Plague in India, 1896, 1897 - Volume 3
Year: 1896
Disease focus: Plague
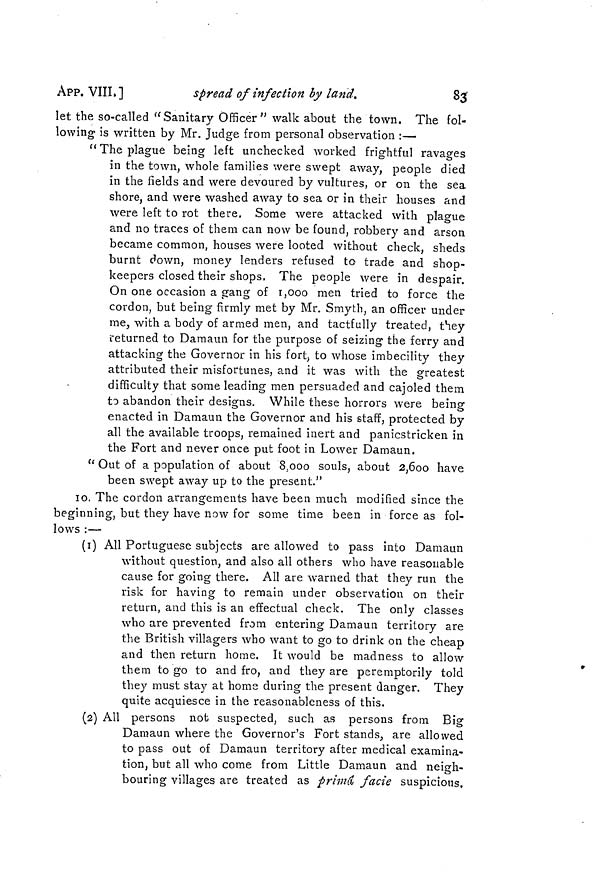
83
APP. VIII.]
spread of infection by land.
let the so-called "Sanitary Officer" walk about the town. The fol-
lowing is written by Mr. Judge from personal observation :—
" The plague being left unchecked worked frightful ravages
in the town, whole families were swept away, people died
in the fields and were devoured by vultures, or on the sea
shore, and were washed away to sea or in their houses and
were left to rot there. Some were attacked with plague
and no traces of them can now be found, robbery and arson
became common, houses were looted without check, sheds
burnt down, money lenders refused to trade and shop-
keepers closed their shops. The people were in despair.
On one occasion a gang of r,ooo men tried to force the
cordon, but being firmly met by Mr. Smyth, an officer under
me, with a body of armed men, and tactfully treated, they
returned to Damaun for the purpose of seizing the ferry and
attacking the Governor in his fort, to whose imbecility they
attributed their misfortunes, and it was with the greatest
difficulty that some leading men persuaded and cajoled them
to abandon their designs. While these horrors were being
enacted in Damaun the Governor and his staff, protected by
all the available troops, remained inert and panicstricken in
the Fort and never once put foot in Lower Damaun.
tc Out of a population of about 8,000 souls, about 2,600 have
been swept away up to the present."
10. The cordon arrangements have been much modified since the
beginning, but they have now for some time been in force as fol-
lows :—
(1) All Portuguese subjects are allowed to pass into Damaun
without question, and also all others who have reasonable
cause for going there. All are warned that they run the
risk for having to remain under observation on their
return, and this is an effectual check. The only classes
who are prevented from entering Damaun territory are
the British villagers who want to go to drink on the cheap
and then return home. It would be madness to allow
them to go to and fro, and they are peremptorily told
they must stay at home during the present danger. They
quite acquiesce in the reasonableness of this.
(2) All persons not suspected, such as persons from Big
Damaun where the Governor's Fort stands, are allowed
to pass out of Damaun territory after medical examina-
tion, but all who come from Little Damaun and neigh-
bouring villages are treated as primâ facie suspicious,